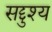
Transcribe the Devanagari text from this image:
सद्दुश्य